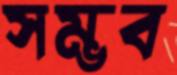
সম্ভব